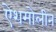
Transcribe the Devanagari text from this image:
ऐशमोलीन